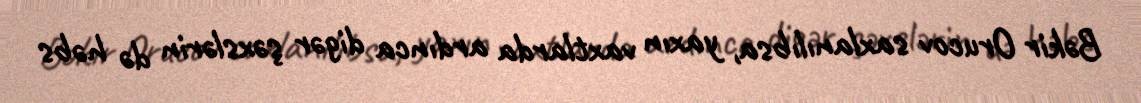
Bəkir Orucov saxlanılıbsa, yaxın vaxtlarda ardınca digər şəxslərin də həbs